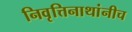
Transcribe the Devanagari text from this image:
निवृत्तिनाथांनीच